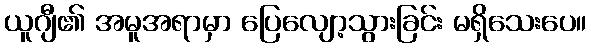
ယူဂျီ၏ အမူအရာမှာ ပြေလျော့သွားခြင်း မရှိသေးပေ။